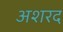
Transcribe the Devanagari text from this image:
अशरद